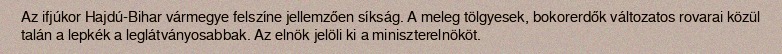
Az ifjúkor Hajdú-Bihar vármegye felszíne jellemzően síkság. A meleg tölgyesek, bokorerdők változatos rovarai közül talán a lepkék a leglátványosabbak. Az elnök jelöli ki a miniszterelnököt.